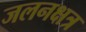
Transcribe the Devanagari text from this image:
जलनक्षत्र